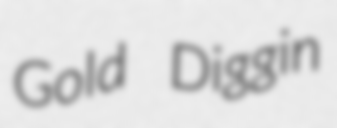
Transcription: Gold Diggin